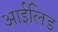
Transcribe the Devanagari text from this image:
आईलिड